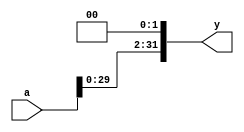
module sl2(
    input wire [31:0] a,
    output wire [31:0] y
    );
    assign y = {a[29:0] , 2'b00};
endmodule